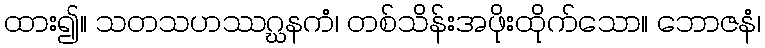
ထား၍။ သတသဟဿဂ္ဃနကံ၊ တစ်သိန်းအဖိုးထိုက်သော။ ဘောဇနံ၊